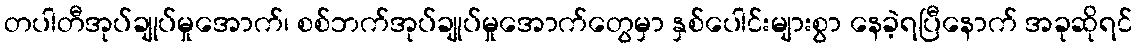
တပါတီအုပ်ချုပ်မှုအောက်၊ စစ်ဘက်အုပ်ချုပ်မှုအောက်တွေမှာ နှစ်ပေါင်းများစွာ နေခဲ့ရပြီနောက် အခုဆိုရင်